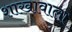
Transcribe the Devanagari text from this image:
शाखावाला